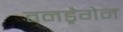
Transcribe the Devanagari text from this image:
वनड्रैगेन